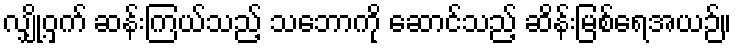
လျှို့ဝှက် ဆန်းကြယ်သည့် သဘောကို ဆောင်သည့် ဆိန်းမြစ်ရေအယဉ်။